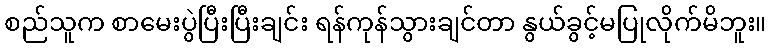
စည်သူက စာမေးပွဲပြီးပြီးချင်း ရန်ကုန်သွားချင်တာ နွယ်ခွင့်မပြုလိုက်မိဘူး။